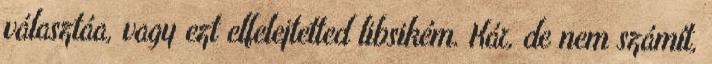
választáa, vagy ezt elfelejtetted libsikém. Kár, de nem számít,